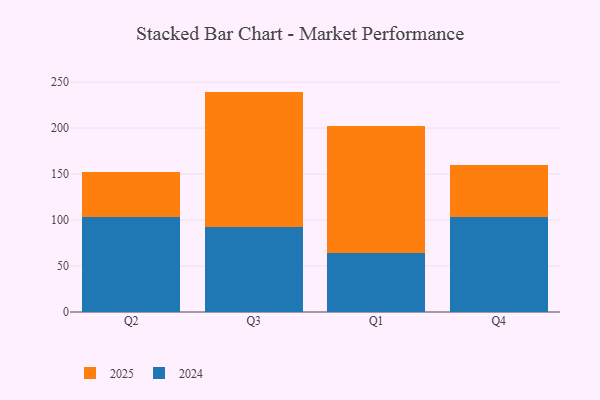
{"axis": {"x": "Quarter", "y": "Inventory Turnover"}, "legend": ["2024", "2025"], "data": [{"x": "Q2", "y": 49.3, "type": "2025"}, {"x": "Q2", "y": 103.4, "type": "2024"}, {"x": "Q3", "y": 146.8, "type": "2025"}, {"x": "Q3", "y": 92.9, "type": "2024"}, {"x": "Q1", "y": 138.3, "type": "2025"}, {"x": "Q1", "y": 64.0, "type": "2024"}, {"x": "Q4", "y": 56.4, "type": "2025"}, {"x": "Q4", "y": 103.5, "type": "2024"}]}